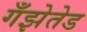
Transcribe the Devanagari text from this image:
गँझेतेड